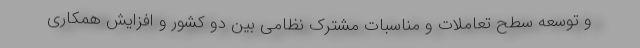
و توسعه سطح تعاملات و مناسبات مشترک نظامی بین دو کشور و افزایش همکاری